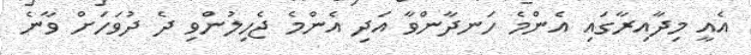
އެެއީ މިދާއިރާގައި އެންމެ ހަނދާންވާ އަދި އެންމެ ޖެހިލުންވި ދެ ދުވަަހަށް ވާނެ